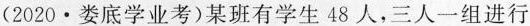
(2020·娄底学业考)某班有学生48人，三人一组进行